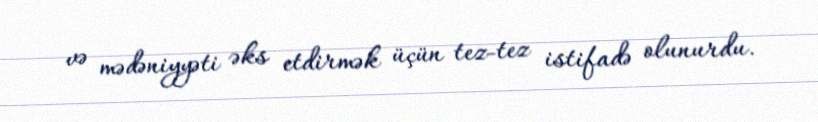
və mədəniyyəti əks etdirmək üçün tez-tez istifadə olunurdu.